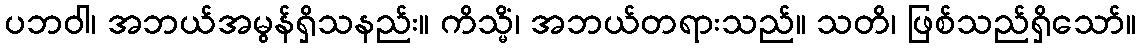
ပဘဝါ၊ အဘယ်အမွန်ရှိသနည်း။ ကိသ္မိံ၊ အဘယ်တရားသည်။ သတိ၊ ဖြစ်သည်ရှိသော်။